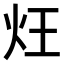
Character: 𤆦